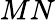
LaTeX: MN